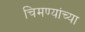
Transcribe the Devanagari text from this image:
चिमण्यांच्या